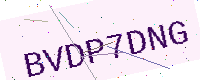
Text: BVDP7DNG